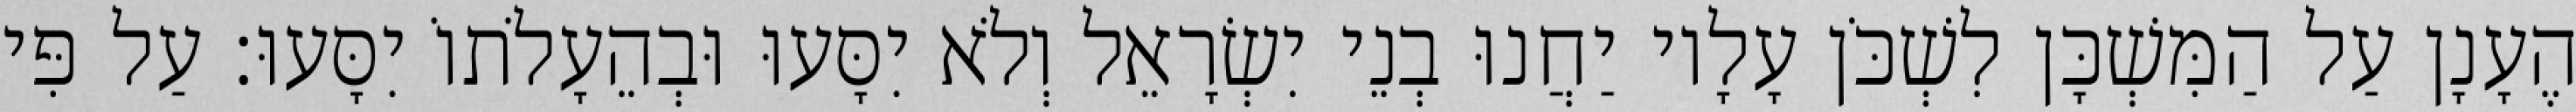
הֶעָנָן עַל הַמִּשְׁכָּן לִשְׁכֹּן עָלָיו יַחֲנוּ בְנֵי יִשְׂרָאֵל וְלֹא יִסָּעוּ וּבְהֵעָלֹתוֹ יִסָּעוּ׃ עַל פִּי